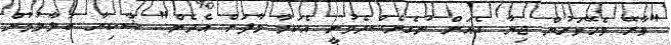
"ވާރޭ ވެހޭވަރުން ޖިޔާ ގެއަށް ނުގެނެސްދެވުނީ އެކަމާ މާފަށް އެދެން" ޝާކިރާ ބަލާލުމުން